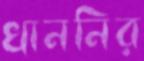
খাননির